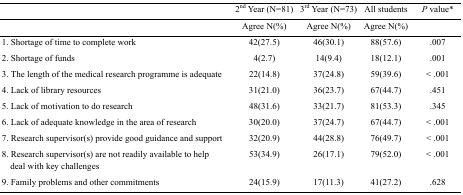
|  | 2nd Year (N=81) | 3rd Year (N=73) | All students | P value* |
 |  | Agree N(%) | Agree N(%) | Agree N(%) |  |
 | --- | --- | --- | --- | --- |
 | 1. Shortage of time to complete work | 42(27.5) | 46(30.1) | 88(57.6) | .007 |
 | 2. Shortage of funds | 4(2.7) | 14(9.4) | 18(12.1) | .001 |
 | 3. The length of the medical research programme is adequate | 22(14.8) | 37(24.8) | 59(39.6) | < .001 |
 | 4. Lack of library resources | 31(21.0) | 36(23.7) | 67(44.7) | .451 |
 | 5. Lack of motivation to do research | 48(31.6) | 33(21.7) | 81(53.3) | .345 |
 | 6. Lack of adequate knowledge in the area of research | 30(20.0) | 37(24.7) | 67(44.7) | < .001 |
 | 7. Research supervisor(s) provide good guidance and support | 32(20.9) | 44(28.8) | 76(49.7) | < .001 |
 | 8. Research supervisor(s) are not readily available to help deal with key challenges | 53(34.9) | 26(17.1) | 79(52.0) | < .001 |
 | 9. Family problems and other commitments | 24(15.9) | 17(11.3) | 41(27.2) | .628 |